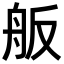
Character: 舨